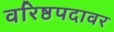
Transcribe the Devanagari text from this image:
वरिष्ठपदावर